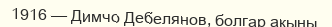
1916 — Димчо Дебелянов, болгар ақыны.